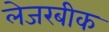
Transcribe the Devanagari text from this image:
लेजरबीक